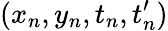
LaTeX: (x_{n},y_{n},t_{n},t_{n}^{\prime})